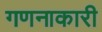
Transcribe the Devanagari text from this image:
गणनाकारी